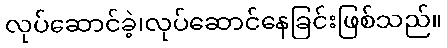
လုပ်ဆောင်ခဲ့၊လုပ်ဆောင်နေခြင်းဖြစ်သည်။